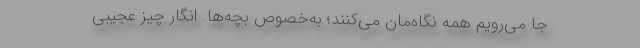
جا می‌رویم همه نگاه‌مان می‌کنند؛ به‌خصوص بچه‌ها. انگار چیز عجیبی